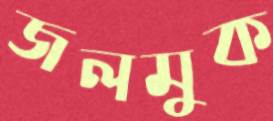
জলমুক